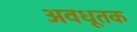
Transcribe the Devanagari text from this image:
अवधूतक